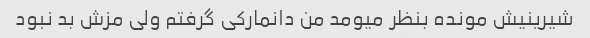
شیرینیش مونده بنظر میومد من دانمارکی گرفتم ولی مزش بد نبود